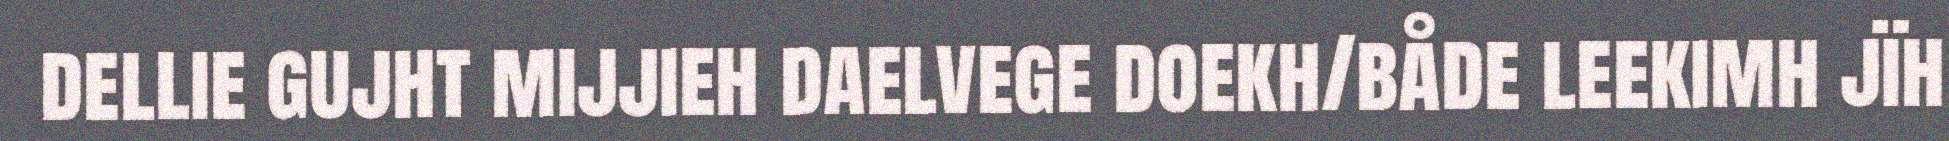
dellie gujht mijjieh daelvege doekh/både leekimh jïh